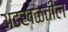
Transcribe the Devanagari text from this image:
अडखळतील